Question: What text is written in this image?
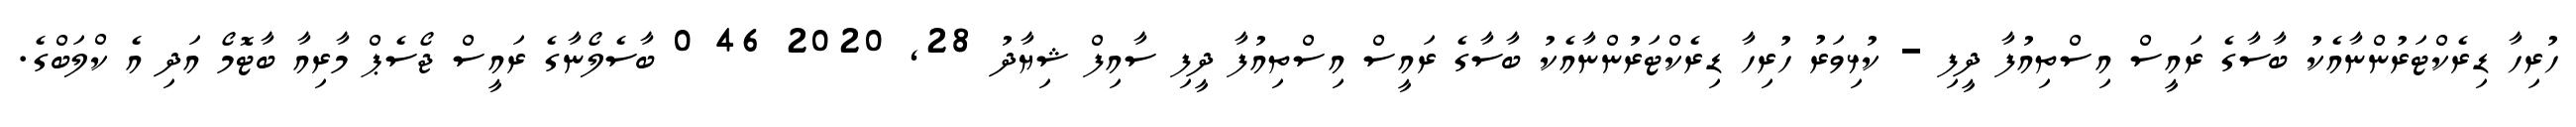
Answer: ހުރިހާ ޑިރެކްޓަރުންނާއެކު ބާސާގެ ރައީސް އިސްތިއުފާ ދީފި - ކުޅިވަރު ހުރިހާ ޑިރެކްޓަރުންނާއެކު ބާސާގެ ރައީސް އިސްތިއުފާ ދީފި ސާއިފް ޝިޔާދު 28, 2020 46 0 ބާސެލޯނާގެ ރައީސް ޖޯސެޕް މާރިއާ ބާޓޮމޯ އަދި އެ ކްލަބްގެ.